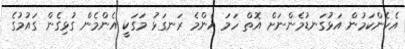
އެހެންކަމުން އަޅުގަނޑުމެންނަށް އޮތް ހަމަ އެންމެ ރަނގަޅު މަގަކީ އެންމެން ގުޅިގެން ގައުމުގެ